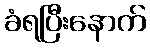
ခံရပြီးနောက်